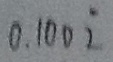
0 . 1 0 0 \dot { 2 }